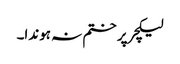
لیکچر پر ختم نہ ہوندا۔